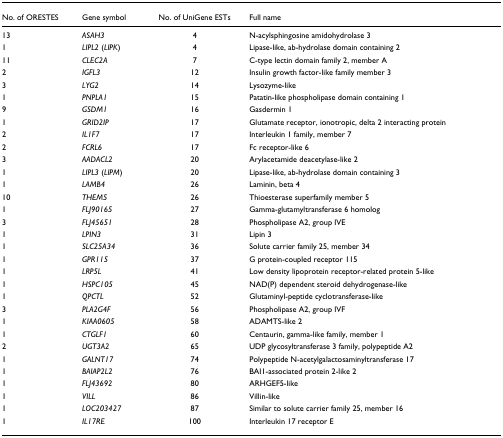
| No. of ORESTES | Gene symbol | No. of UniGene ESTs | Full name |
 | --- | --- | --- | --- |
 | 13 | ASAH3 | 4 | N-acylsphingosine amidohydrolase 3 |
 | 1 | LIPL2 (LIPK) | 4 | Lipase-like, ab-hydrolase domain containing 2 |
 | 11 | CLEC2A | 7 | C-type lectin domain family 2, member A |
 | 2 | IGFL3 | 12 | Insulin growth factor-like family member 3 |
 | 3 | LYG2 | 14 | Lysozyme-like |
 | 1 | PNPLA1 | 15 | Patatin-like phospholipase domain containing 1 |
 | 9 | GSDM1 | 16 | Gasdermin 1 |
 | 1 | GRID2IP | 17 | Glutamate receptor, ionotropic, delta 2 interacting protein |
 | 2 | IL1F7 | 17 | Interleukin 1 family, member 7 |
 | 2 | FCRL6 | 17 | Fc receptor-like 6 |
 | 3 | AADACL2 | 20 | Arylacetamide deacetylase-like 2 |
 | 1 | LIPL3 (LIPM) | 20 | Lipase-like, ab-hydrolase domain containing 3 |
 | 1 | LAMB4 | 26 | Laminin, beta 4 |
 | 10 | THEM5 | 26 | Thioesterase superfamily member 5 |
 | 1 | FLJ90165 | 27 | Gamma-glutamyltransferase 6 homolog |
 | 3 | FLJ45651 | 28 | Phospholipase A2, group IVE |
 | 1 | LPIN3 | 31 | Lipin 3 |
 | 1 | SLC25A34 | 36 | Solute carrier family 25, member 34 |
 | 1 | GPR115 | 37 | G protein-coupled receptor 115 |
 | 1 | LRP5L | 41 | Low density lipoprotein receptor-related protein 5-like |
 | 1 | HSPC105 | 45 | NAD(P) dependent steroid dehydrogenase-like |
 | 1 | QPCTL | 52 | Glutaminyl-peptide cyclotransferase-like |
 | 3 | PLA2G4F | 56 | Phospholipase A2, group IVF |
 | 1 | KIAA0605 | 58 | ADAMTS-like 2 |
 | 1 | CTGLF1 | 60 | Centaurin, gamma-like family, member 1 |
 | 2 | UGT3A2 | 65 | UDP glycosyltransferase 3 family, polypeptide A2 |
 | 1 | GALNT17 | 74 | Polypeptide N-acetylgalactosaminyltransferase 17 |
 | 1 | BAIAP2L2 | 76 | BAI1-associated protein 2-like 2 |
 | 1 | FLJ43692 | 80 | ARHGEF5-like |
 | 1 | VILL | 86 | Villin-like |
 | 1 | LOC203427 | 87 | Similar to solute carrier family 25, member 16 |
 | 1 | IL17RE | 100 | Interleukin 17 receptor E |